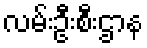
လမ်းဦးစီးဌာန